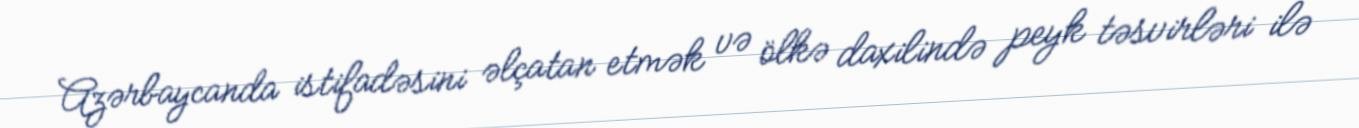
Azərbaycanda istifadəsini əlçatan etmək və ölkə daxilində peyk təsvirləri ilə